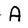
Character: A